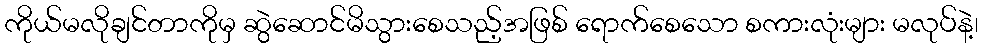
ကိုယ်မလိုချင်တာကိုမှ ဆွဲဆောင်မိသွားစေသည့်အဖြစ် ရောက်စေသော စကားလုံးများ မလုပ်နဲ့၊